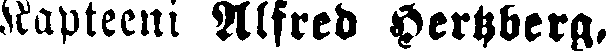
Kapteeni Alfred Hertzberg,